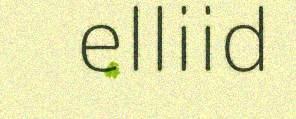
elliid